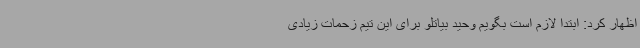
اظهار کرد: ابتدا لازم است بگویم وحید بیاتلو برای این تیم زحمات زیادی